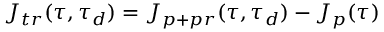
J _ { t r } ( \tau , \tau _ { d } ) = J _ { { p } + { p r } } ( \tau , \tau _ { d } ) - J _ { { p } } ( \tau )